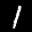
Label: 1